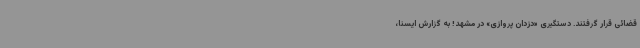
قضائی قرار گرفتند. دستگیری «دزدان پروازی» در مشهد! به گزارش ایسنا،